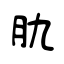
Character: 肍